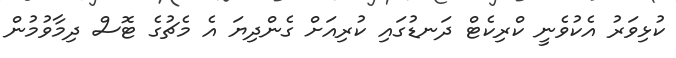
ކުޅިވަރު އެކުވެނީ ކްރިކެޓް ދަނޑުގައި ކުރިއަށް ގެންދިޔަ އެ މެޗުގެ ޓޮސް ދިމާވުމުން